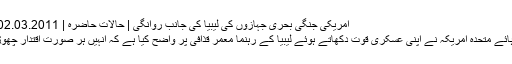
امریکی جنگی بحری جہازوں کی لیبیا کی جانب روانگی | حالات حاضرہ | DW | 02.03.2011
ریاست ہائے متحدہ امریکہ نے اپنی عسکری قوت دکھاتے ہوئے لیبیا کے رہنما معمر قذافی پر واضح کیا ہے کہ انہیں ہر صورت اقتدار چھوڑنا ہوگا۔